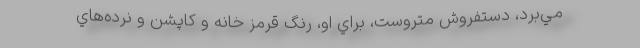
مي‌برد، دستفروش متروست، براي او، رنگ‌ قرمز خانه و كاپشن و نرده‌هاي